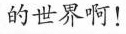
的世界啊！